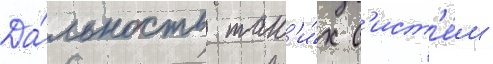
Да́льность так'и́х с'ист'е́м -